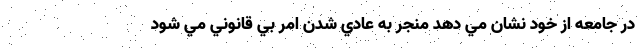
در جامعه از خود نشان مي دهد منجر به عادي شدن امر بي قانوني مي شود